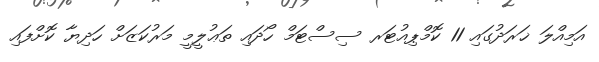
އަމިއްލަ ޚަރަދުގައި 11 ކޮމްޕިއުޓަރ ސިސްޓަމް ހޯދައި ތަޢުލީމީ މަރުކަޒަށް ހަދިޔާ ކޮށްފައި